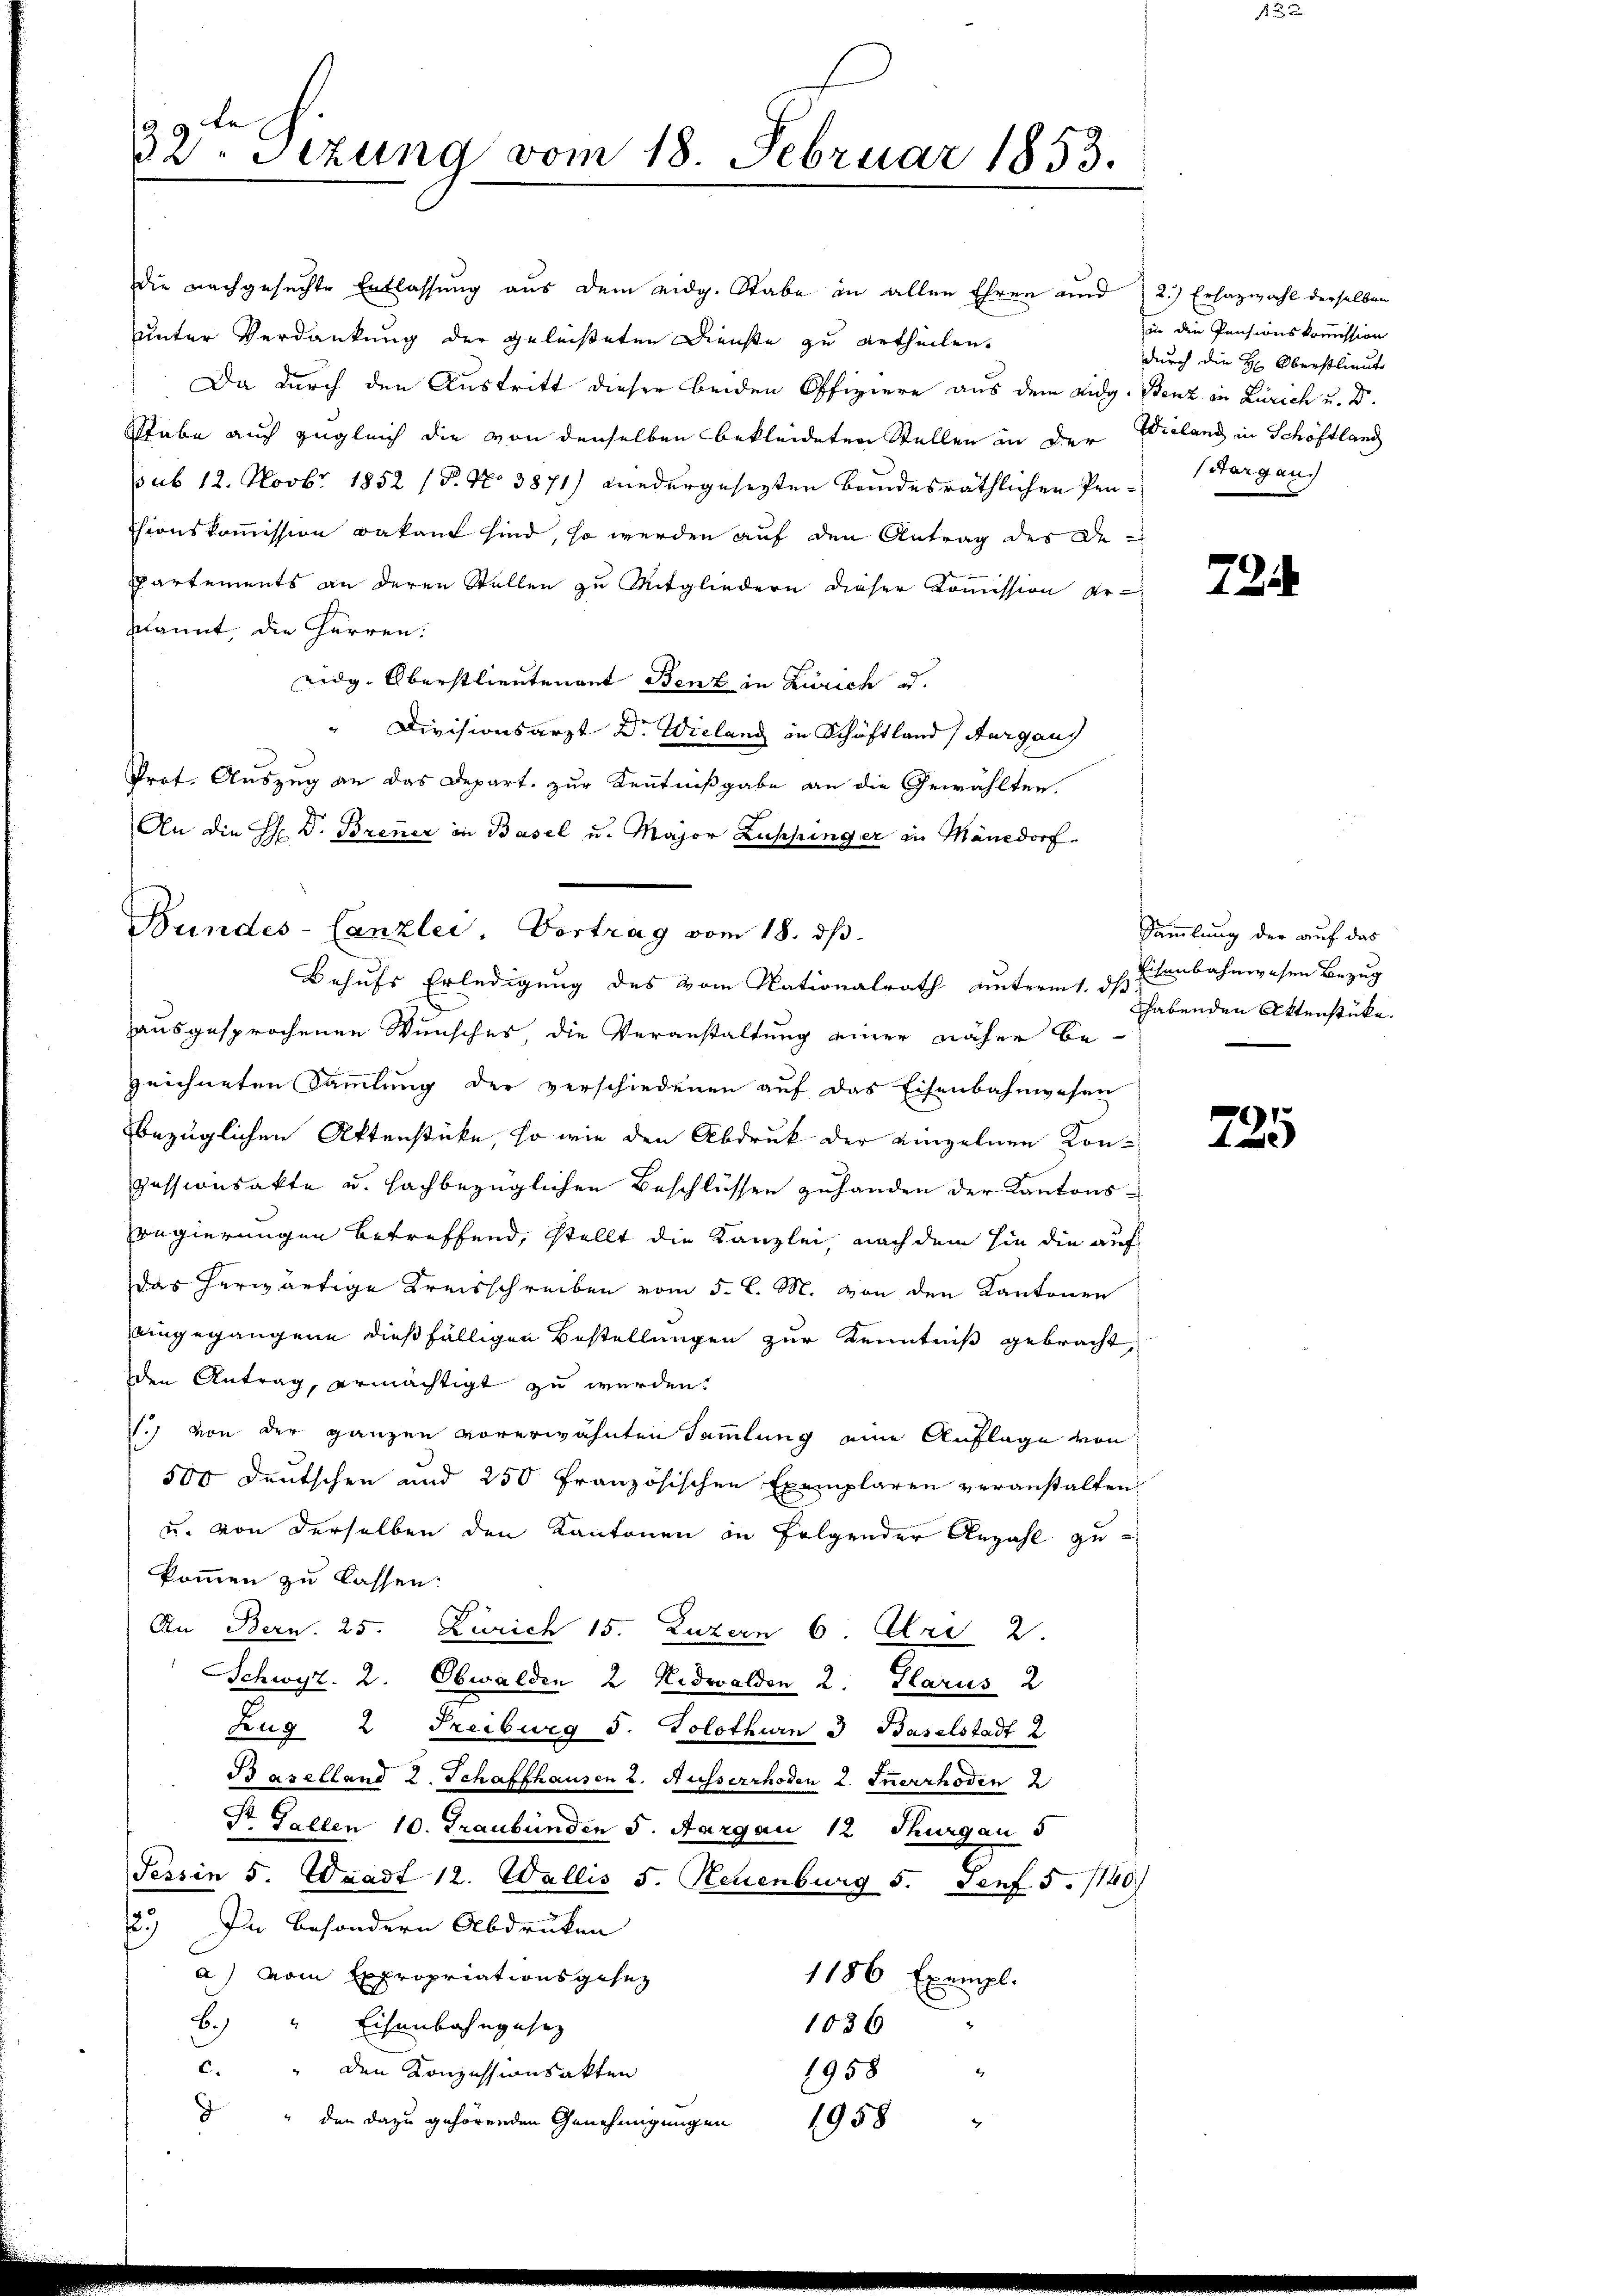
32. Sezung vom 18. Februar 1853.

die nachgesuchte Entlassung aus dem eidg. Stabe in allen Ehren und 2.) Erhazwahl derselben
uunter Verdankung der geleisteten Dienste zu ertheilen.
 Da durch den Austritt dieser beiden Offiziere aus dem Eidg. Benz in Zürich u. Dr.
Stabe auch zugleich die von denselben bekleideten Stellen in der Wieland in Schöftlang
sub 12. Novbr. 1852 (P. Nr. 3871) wiedergesetzten bandesräthlichen Penthionskommission Bakant sind, so werden auf den Antrag des De¬
Partements an deren Stellen zu Mitgliedern dieser Kommission er-
kannt, die Herren:
Lidg. Oberstlieutenant Benz in Zürich d
Divisionsarzt Dr. Wieland in Schäftland (Aargaus
Prot. Auszug an das Depart. zur Kenntnißgabe an die Gewählten.
An die H: Dr. Brenner in Basel u. Major Zushinger in Mänedorf.
Behufs Erledigung des vom Nationalrath unterm 1. ds. Ebenden Aktenstücke.
ausgesprochenen Wunsches, die Veranstaltung einer näher be-
zeichneten Sammlung der verschiedenen auf das Eisenbahnwesen
bezüglichen Aktenstücke, so wie den Abdruck der einzelnen Konpessionsakte u. sachbezüglichen Beschlüssen zuhanden der Kantons-
regierungen betreffend, stellt die Kanzlei, nach dem hin die auf
das herwärtige Kreisschreiben vom 5. d. M. von den Kantonen
eingegangene dießfälligen Bestellungen zur Kenntniß gebracht,
den Antrag, ermächtigt zu werden.
.) von der ganzen vorerwähnten Sammlung eine Auflage von
500 Deutschen und 250 französischen Exemplaren veranstalten
u. von derselben den Kantonen in Folgender Anzahl gekommen zu lassen:
An Bern. 25. Zürich 15. Luzern 6. Uri 2.
Schwyz. 2. Obwalden 2 Nidwalden 2. Glarus 2
Zug 2 Freiburg S. Solothurn 3 Baselstadt 2
Baselland 2. Schaffhausen u. Ausserrhoden 2. Inerrhoden 2
Dr. Gallen 10. Graubünden 5. Aargau 12 Thurgau d
Tessin 5. Waadt 12. Wallis 5. Neuenburg 5. Senf 5. 1140)
2.) In besondern Abdruken
a) vom Expropriationsgesez
1186 Exempl.
B.) " Eisenbahngesez
1036
1958
c. " den Konzessionsakten
.
 " den dazu gehörenden Genehmigungen
1958

Bundes-Canzlei. Vortrag vom 18. dβ.

in die Pensionskommission
durch die H: Oberstlieut
Sargau.

72

Sammlung der auf das
Eisenbahnwesen Bezug

725